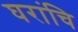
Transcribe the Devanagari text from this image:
घरांचि